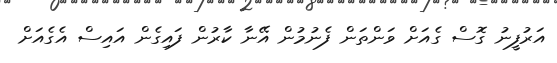
އަރުފީނު ގޮސް ގެއަށް ވަންތަން ފެނުމުން އޭނާ ކާރުން ފައިގެން އައިސް އެގެއަށް